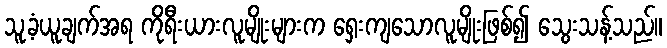
သူ့ခံယူချက်အရ ကိုရီးယားလူမျိုးများက ရှေးကျသောလူမျိုးဖြစ်၍ သွေးသန့်သည်။